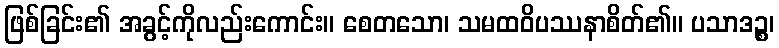
ဖြစ်ခြင်း၏ အခွင့်ကိုလည်းကောင်း။ စေတသော၊ သမထဝိပဿနာစိတ်၏။ ပသာဒဉ္စ၊